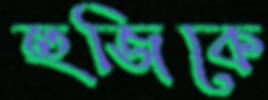
হুজিকে